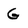
Character: G